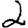
Digit: 2